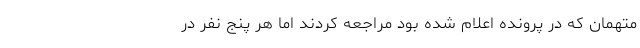
متهمان که در پرونده اعلام شده بود مراجعه کردند اما هر پنج نفر در